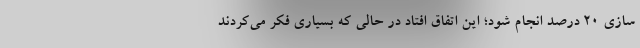
سازی ۲۰ درصد انجام شود؛ این اتفاق افتاد در حالی که بسیاری فکر می‌کردند